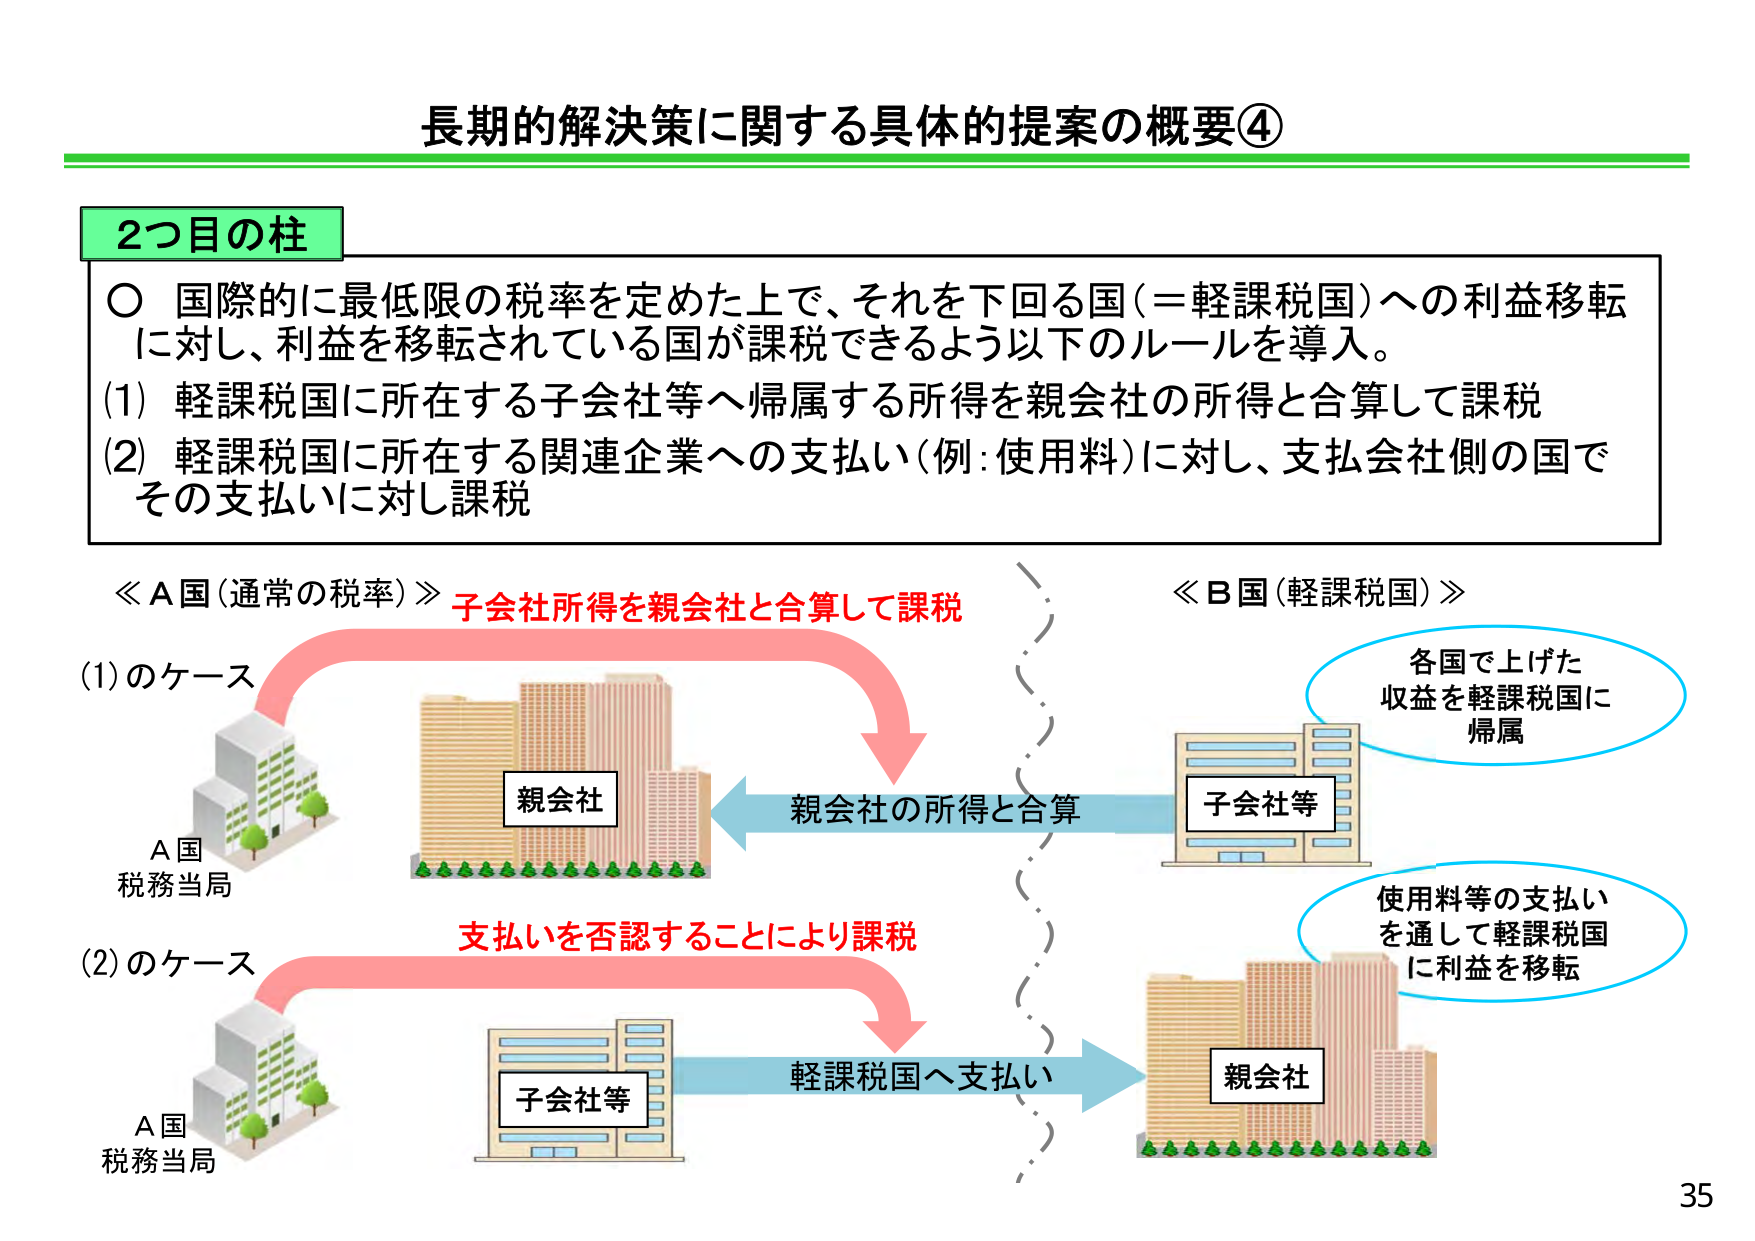
長期的解決策に関する具体的提案の概要④

2つ目の柱

○ 国際的に最低限の税率を定めた上で、それを下回る国（＝軽課税国）への利益移転に対し、利益を移転されている国が課税できるよう以下のルールを導入。
(1) 軽課税国に所在する子会社等へ帰属する所得を親会社の所得と合算して課税
(2) 軽課税国に所在する関連企業への支払い（例：使用料）に対し、支払会社側の国でその支払いに対し課税

≪A国（通常の税率）≫ 子会社所得を親会社と合算して課税
(1)のケース
A国
税務当局
親会社
親会社の所得と合算
子会社等

≪B国（軽課税国）≫
各国で上げた
収益を軽課税国に
帰属
使用料等の支払い
を通して軽課税国
に利益を移転

(2)のケース
A国
税務当局
支払いを否認することにより課税
子会社等
軽課税国へ支払い
親会社

35